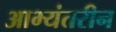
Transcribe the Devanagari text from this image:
आभ्यंतरीन